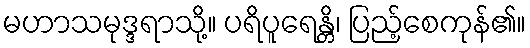
မဟာသမုဒ္ဒရာသို့။ ပရိပူရေန္တိ၊ ပြည့်စေကုန်၏။